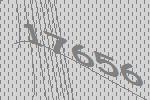
17656